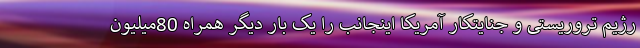
رژیم تروریستی و جنایتکار آمریکا اینجانب را یک بار دیگر همراه 80میلیون